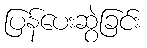
ပြန်ပေးဆွဲခြင်း